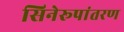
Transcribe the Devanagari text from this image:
सिनेरूपांतरण